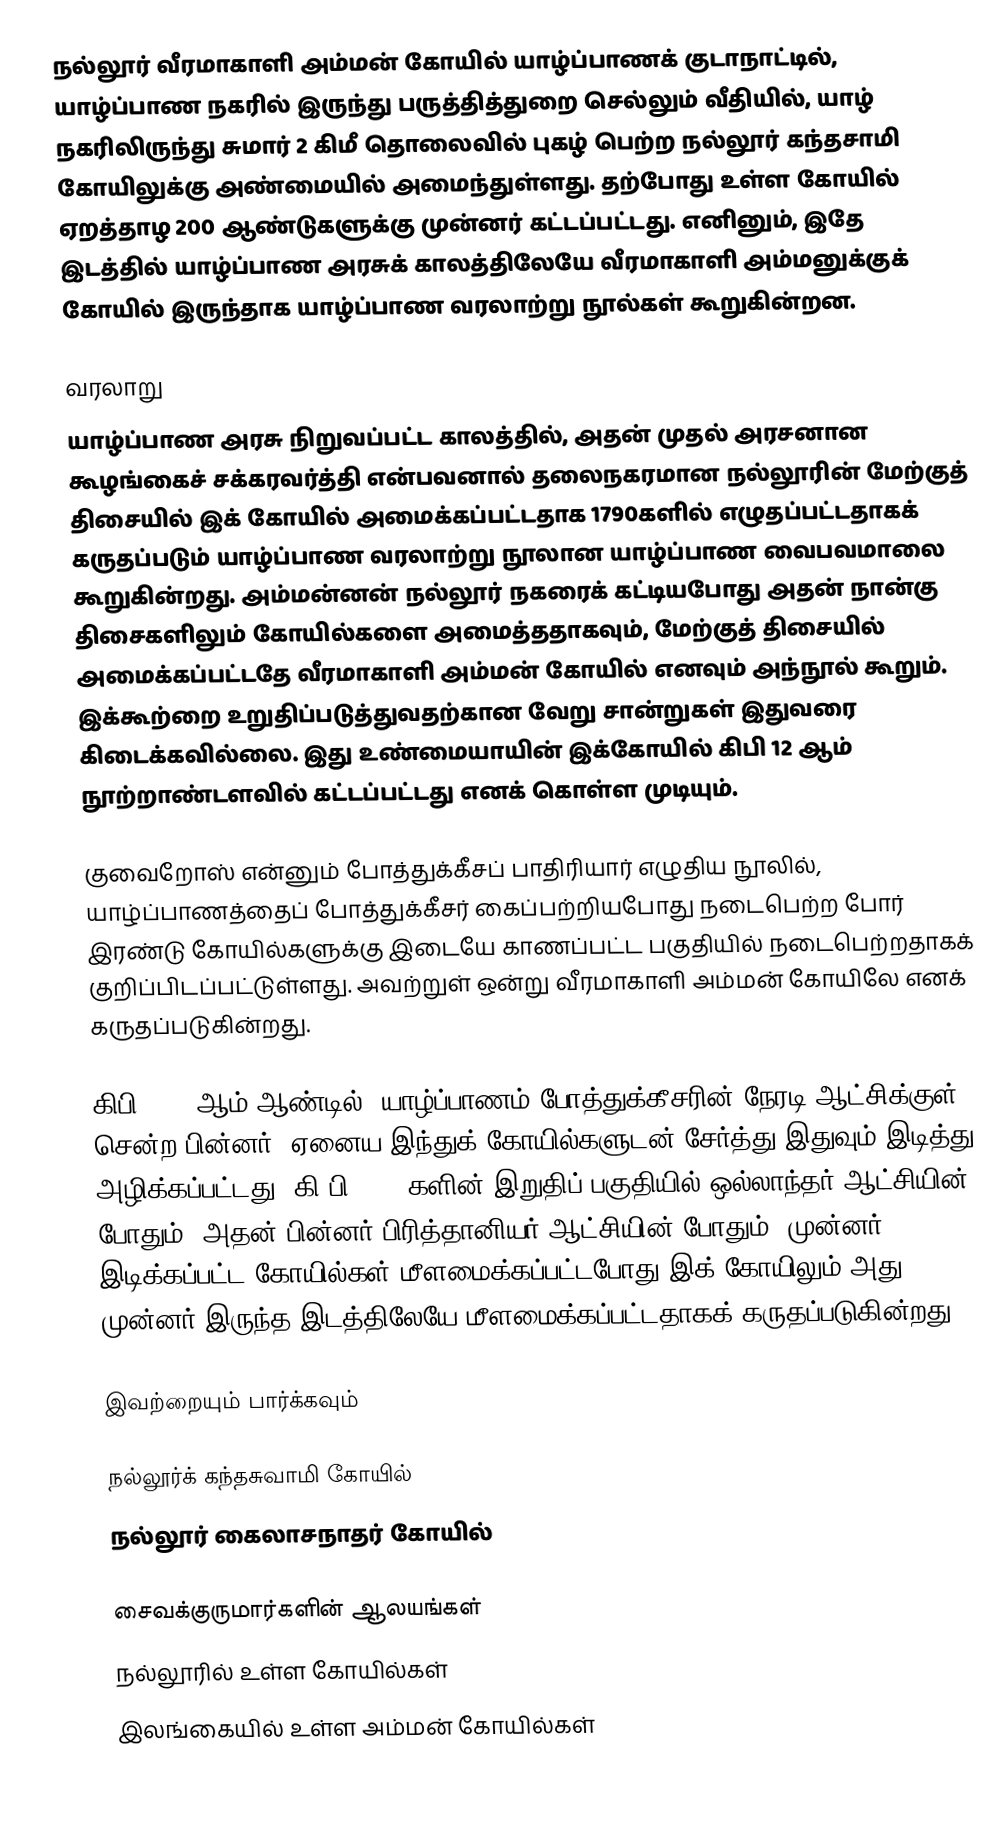
நல்லூர் வீரமாகாளி அம்மன் கோயில் யாழ்ப்பாணக் குடாநாட்டில், யாழ்ப்பாண நகரில் இருந்து பருத்தித்துறை செல்லும் வீதியில், யாழ் நகரிலிருந்து சுமார் 2 கிமீ தொலைவில் புகழ் பெற்ற நல்லூர் கந்தசாமி கோயிலுக்கு அண்மையில் அமைந்துள்ளது. தற்போது உள்ள கோயில் ஏறத்தாழ 200 ஆண்டுகளுக்கு முன்னர் கட்டப்பட்டது. எனினும், இதே இடத்தில் யாழ்ப்பாண அரசுக் காலத்திலேயே வீரமாகாளி அம்மனுக்குக் கோயில் இருந்தாக யாழ்ப்பாண வரலாற்று நூல்கள் கூறுகின்றன.

வரலாறு
யாழ்ப்பாண அரசு நிறுவப்பட்ட காலத்தில், அதன் முதல் அரசனான கூழங்கைச் சக்கரவர்த்தி என்பவனால் தலைநகரமான நல்லூரின் மேற்குத் திசையில் இக் கோயில் அமைக்கப்பட்டதாக 1790களில் எழுதப்பட்டதாகக் கருதப்படும் யாழ்ப்பாண வரலாற்று நூலான யாழ்ப்பாண வைபவமாலை கூறுகின்றது. அம்மன்னன் நல்லூர் நகரைக் கட்டியபோது அதன் நான்கு திசைகளிலும் கோயில்களை அமைத்ததாகவும், மேற்குத் திசையில் அமைக்கப்பட்டதே வீரமாகாளி அம்மன் கோயில் எனவும் அந்நூல் கூறும். இக்கூற்றை உறுதிப்படுத்துவதற்கான வேறு சான்றுகள் இதுவரை கிடைக்கவில்லை. இது உண்மையாயின் இக்கோயில் கிபி 12 ஆம் நூற்றாண்டளவில் கட்டப்பட்டது எனக் கொள்ள முடியும்.

குவைறோஸ் என்னும் போத்துக்கீசப் பாதிரியார் எழுதிய நூலில், யாழ்ப்பாணத்தைப் போத்துக்கீசர் கைப்பற்றியபோது நடைபெற்ற போர் இரண்டு கோயில்களுக்கு இடையே காணப்பட்ட பகுதியில் நடைபெற்றதாகக் குறிப்பிடப்பட்டுள்ளது. அவற்றுள் ஒன்று வீரமாகாளி அம்மன் கோயிலே எனக் கருதப்படுகின்றது.

கிபி 1620 ஆம் ஆண்டில், யாழ்ப்பாணம் போத்துக்கீசரின் நேரடி ஆட்சிக்குள் சென்ற பின்னர், ஏனைய இந்துக் கோயில்களுடன் சேர்த்து இதுவும் இடித்து அழிக்கப்பட்டது. கி.பி 1700 களின் இறுதிப் பகுதியில் ஒல்லாந்தர் ஆட்சியின் போதும், அதன் பின்னர் பிரித்தானியர் ஆட்சியின் போதும், முன்னர் இடிக்கப்பட்ட கோயில்கள் மீளமைக்கப்பட்டபோது இக் கோயிலும் அது முன்னர் இருந்த இடத்திலேயே மீளமைக்கப்பட்டதாகக் கருதப்படுகின்றது.

இவற்றையும் பார்க்கவும்

 நல்லூர்க் கந்தசுவாமி கோயில்
 நல்லூர் கைலாசநாதர் கோயில்

சைவக்குருமார்களின் ஆலயங்கள்
நல்லூரில் உள்ள கோயில்கள்
இலங்கையில் உள்ள அம்மன் கோயில்கள்